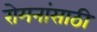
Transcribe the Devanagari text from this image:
रोमनांसाठी